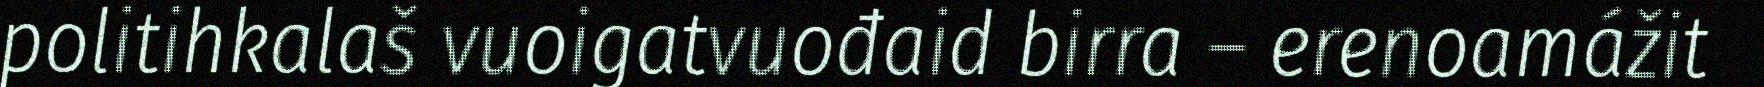
politihkalaš vuoigatvuođaid birra – erenoamážit